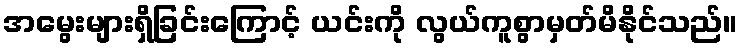
အမွေးများရှိခြင်းကြောင့် ယင်းကို လွယ်ကူစွာမှတ်မိနိုင်သည်။